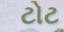
ટોટ